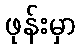
ဖုန်းမှာ